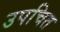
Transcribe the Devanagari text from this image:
उपचित